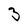
Character: 3